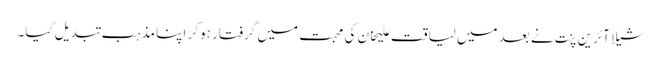
شیلا آئرین پنت نے بعد میں لیاقت علیخان کی محبت میں گرفتار ہو کر اپنا مذہب تبدیل کیا۔